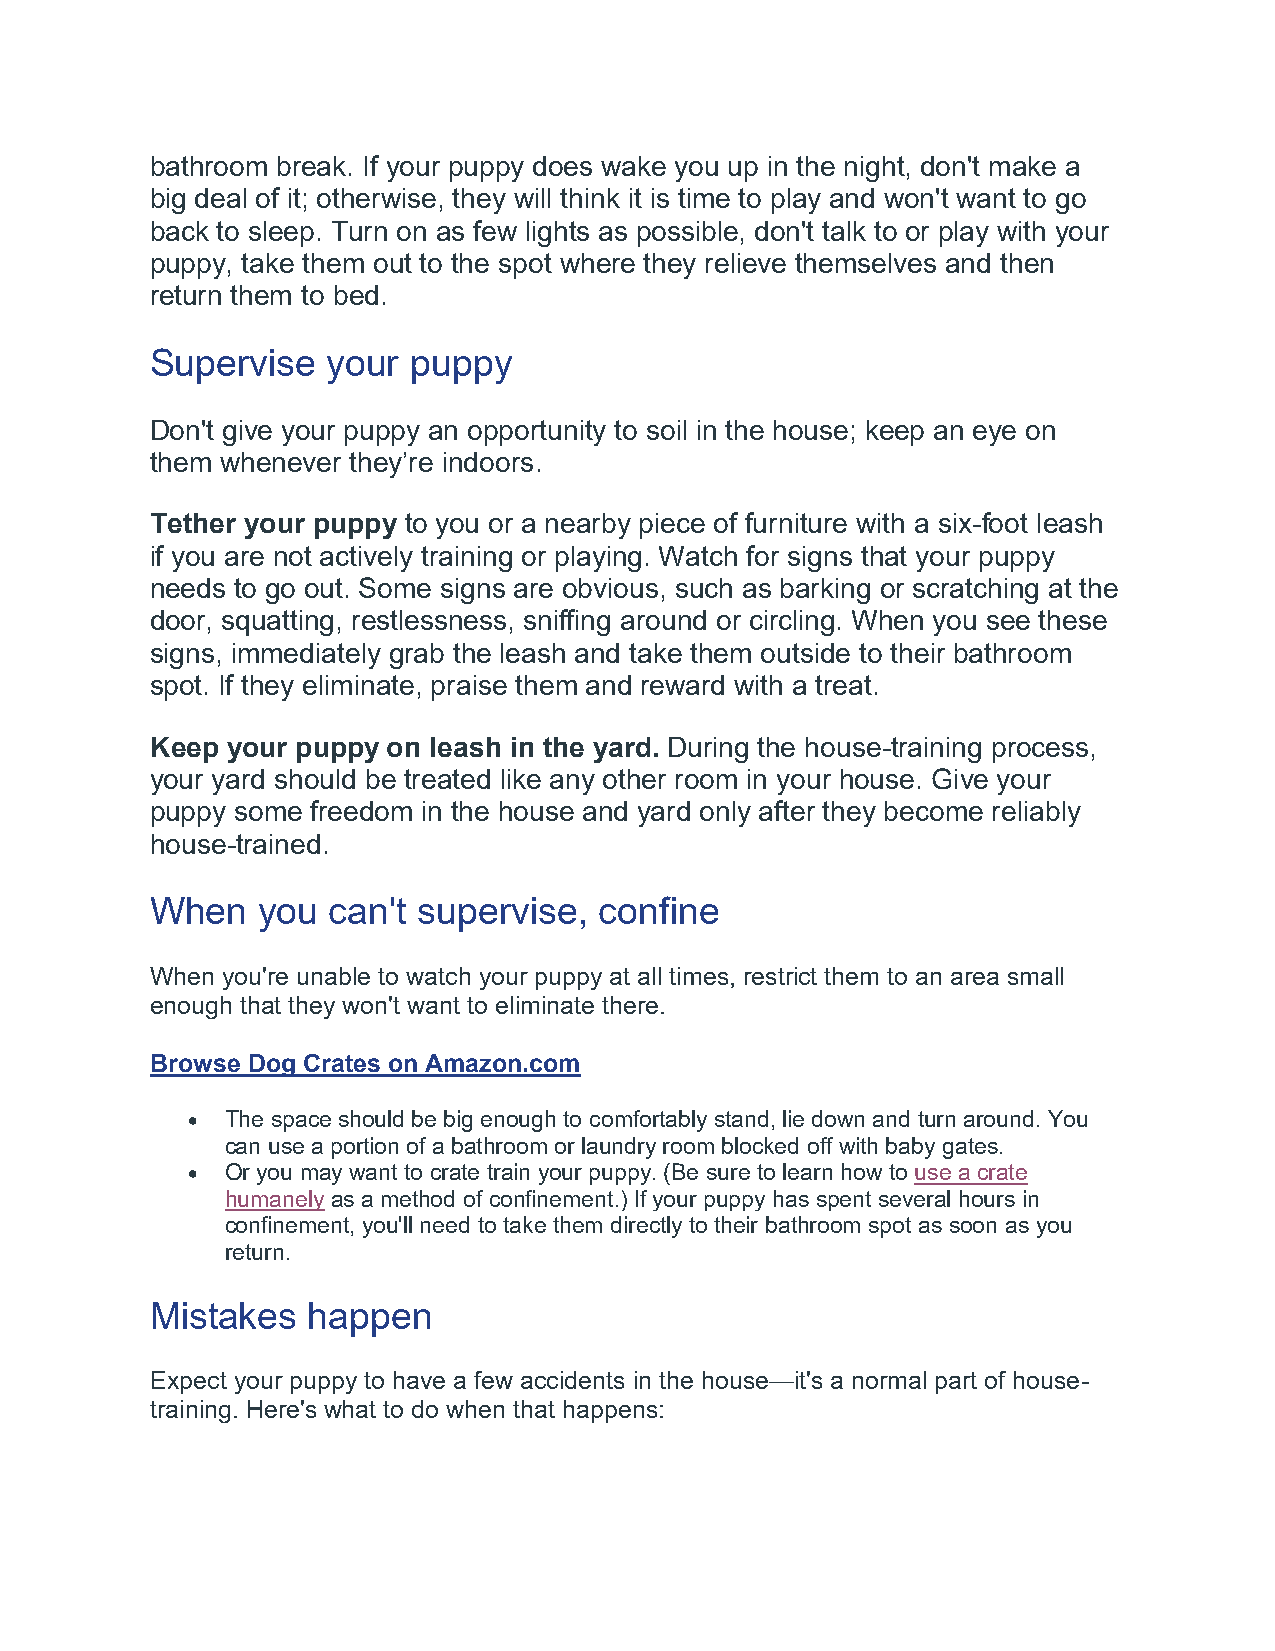
bathroom break. If your puppy does wake you up in the night, don't make a
 big deal of it; otherwise, they will think it is time to play and won't want to go
 back to sleep. Turn on as few lights as possible, don't talk to or play with your
 puppy, take them out to the spot where they relieve themselves and then
 return them to bed.
 Supervise   your puppy
 Don't give your puppy an opportunity to soil in the house; keep an eye on
 them whenever they’re indoors.
 Tether your puppy to you or a nearby piece of furniture with a six-foot leash
 if you are not actively training or playing. Watch for signs that your puppy
 needs to go out. Some signs are obvious, such as barking or scratching at the
 door, squatting, restlessness, sniffing around or circling. When you see these
 signs, immediately grab the leash and take them outside to their bathroom
 spot. If they eliminate, praise them and reward with a treat.
 Keep your puppy on leash in the yard. During the house-training process,
 your yard should be treated like any other room in your house. Give your
 puppy some freedom in the house and yard only after they become reliably
 house-trained.
 When   you  can't supervise,  confine
 When you're unable to watch your puppy at all times, restrict them to an area small
 enough that they won't want to eliminate there.
 Browse Dog Crates on Amazon.com
 •  The space should be big enough to comfortably stand, lie down and turn around. You
 can use a portion of a bathroom or laundry room blocked off with baby gates.
 •  Or you may want to crate train your puppy. (Be sure to learn how to use a crate
 humanely as a method of confinement.) If your puppy has spent several hours in
 confinement, you'll need to take them directly to their bathroom spot as soon as you
 return.
 Mistakes  happen
 Expect your puppy to have a few accidents in the house—it's a normal part of house-
 training. Here's what to do when that happens: